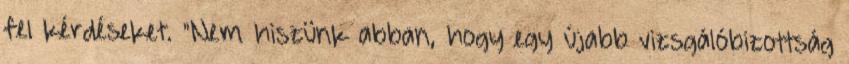
fel kérdéseket. "Nem hiszünk abban, hogy egy újabb vizsgálóbizottság